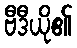
ဗီဒီယို၏